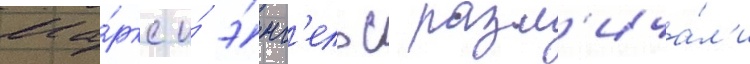
Ма́ркс и́ э́нг'ельс разл'ича́л'и